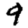
Digit: 9